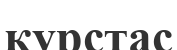
курстас